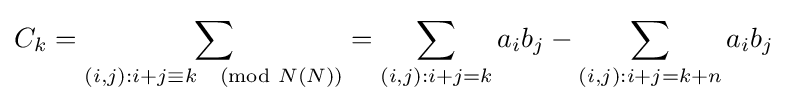
C_{k}=\sum _{(i,j):i+j\equiv k{\pmod {N(N)}}}=\sum _{(i,j):i+j=k}a_{i}b_{j}-\sum _{(i,j):i+j=k+n}a_{i}b_{j}